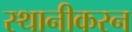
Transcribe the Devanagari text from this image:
स्थानीकरन